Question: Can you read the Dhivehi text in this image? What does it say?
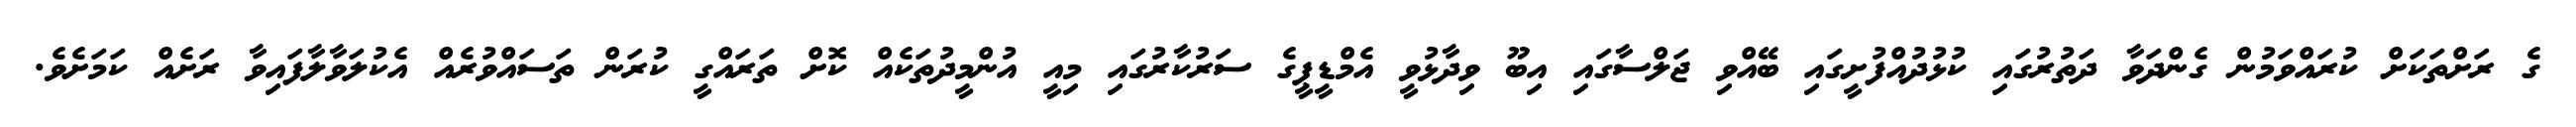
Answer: ގެ ރަށްތަކަށް ކުރައްވަމުން ގެންދަވާ ދަތުރުގައި ކުޅުދުއްފުށީގައި ބޭއްވި ޖަލްސާގައި އިބޫ ވިދާޅުވީ އެމްޑީޕީގެ ސަރުކާރުގައި މިއީ އުންމީދުތަކެއް ކޮށް ތަރައްގީ ކުރަން ތަސައްވުރެއް އެކުލަވާލާފައިވާ ރަށެއް ކަމަށެވެ.